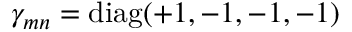
\gamma _ { m n } = \mathrm { d i a g } ( + 1 , - 1 , - 1 , - 1 )